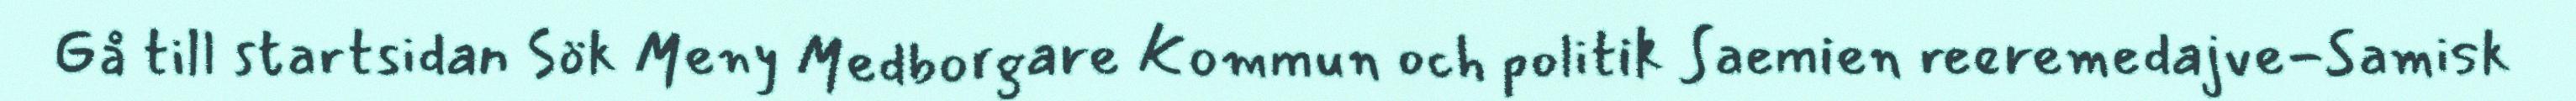
Gå till startsidan Sök Meny Medborgare Kommun och politik Saemien reeremedajve-Samisk